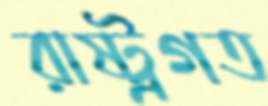
রাষ্ট্রগত